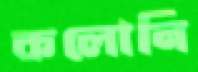
কলোনি